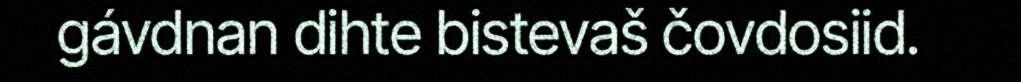
gávdnan dihte bistevaš čovdosiid.